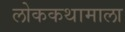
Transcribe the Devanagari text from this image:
लोककथामाला